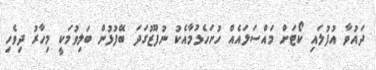
ދައުވާ އުފުލައި ކޯޓަށް މައްސަލައެއް ހުށަހެޅުމާއެކު ނުފޫޒުގަދަ ބޭފުޅުން ބަލިވުމަކީ މިހާރު ދިވެހި